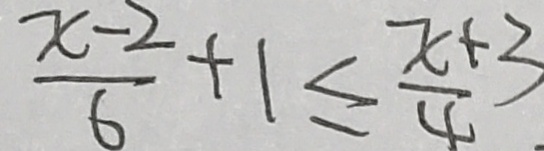
\frac { x - 2 } { 6 } + 1 \leq \frac { x + 3 } { 4 }